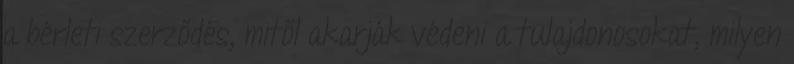
a bérleti szerződés, mitől akarják védeni a tulajdonosokat, milyen